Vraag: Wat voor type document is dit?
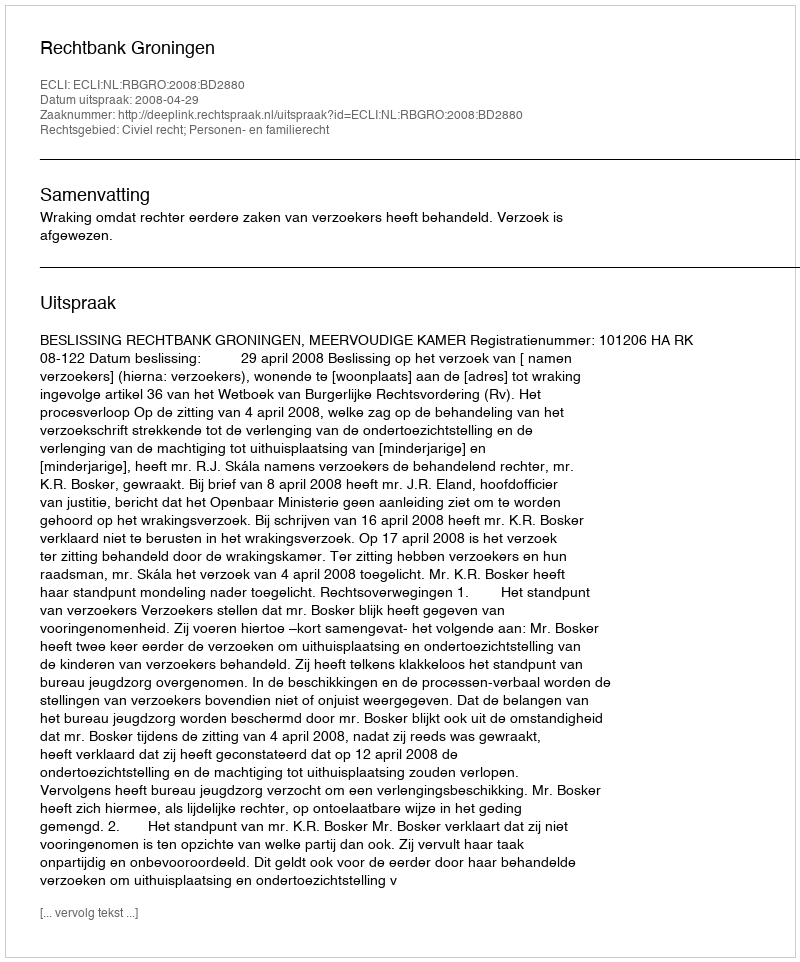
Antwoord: Uitspraak